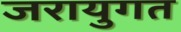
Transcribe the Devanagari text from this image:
जरायुगत